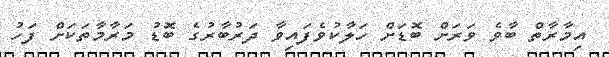
އިމާރާތް ބާވެ ވަަރަށް ބޮޑަށް ހަލާކުވެފައިވާ ދަރުބާރުގެ ބޮޑު މަރާމާތަކަށް ފަހު